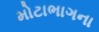
મોટાભાગના